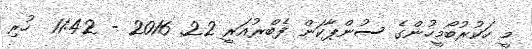
މީ ހަކުރުބޯމީހުންގެ ސުންޕާކަން ފެބްރުއަރީ 22